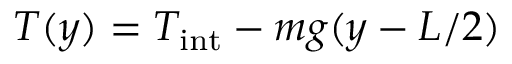
T ( y ) = T _ { \mathrm { i n t } } - m g ( y - L / 2 )